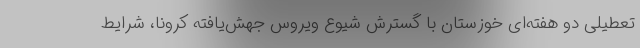
تعطیلی دو هفته‌ای خوزستان با گسترش شیوع ویروس جهش‌یافته کرونا، شرایط